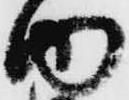
内